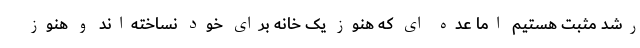
رشد مثبت هستیم اما عده ای که هنوز یک خانه برای خود نساخته‌اند و هنوز